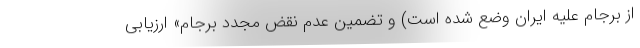
از برجام علیه ایران وضع شده است) و تضمین عدم نقض مجدد برجام» ارزیابی